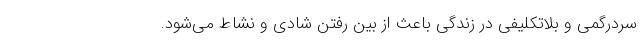
سردرگمی و بلاتکلیفی در زندگی باعث از بین رفتن شادی و نشاط می‌شود.